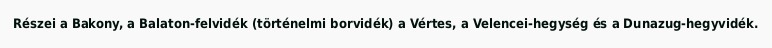
Részei a Bakony, a Balaton-felvidék (történelmi borvidék) a Vértes, a Velencei-hegység és a Dunazug-hegyvidék.